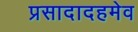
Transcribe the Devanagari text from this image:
प्रसादादहमेव